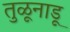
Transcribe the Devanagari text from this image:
तुळूनाडू